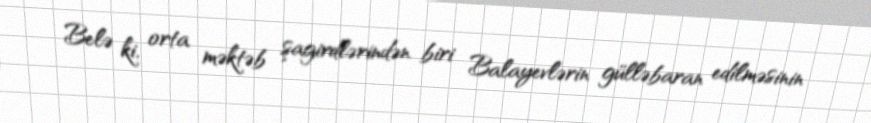
Belə ki, orta məktəb şagirdlərindən biri Balayevlərin gülləbaran edilməsinin